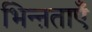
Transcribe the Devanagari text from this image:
भिन्ऩताएँ